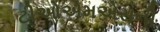
ટીઓએમએસની